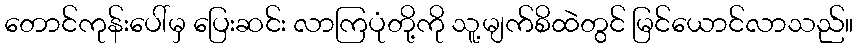
တောင်ကုန်းပေါ်မှ ပြေးဆင်း လာကြပုံတို့ကို သူ့မျက်စိထဲတွင် မြင်ယောင်လာသည်။